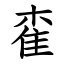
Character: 㮅